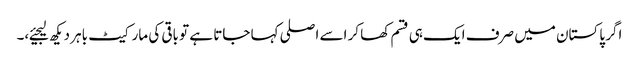
اگر پاکستان میں صرف ایک ہی قسم کھا کر اسے اصلی کہا جاتا ہے تو باقی کی مارکیٹ باہر دیکھ لیجیئے،۔